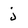
Character: j